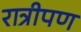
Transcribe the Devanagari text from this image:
रात्रीपण